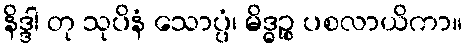
နိဒ္ဒါ တု သုပိနံ သောပ္ပံ၊ မိဒ္ဓဉ္စ ပစလာယိကာ။